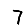
Digit: 7